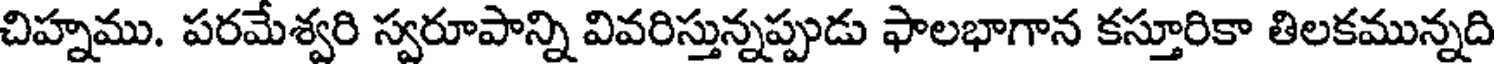
చిహ్నము. పరమేశ్వరి స్వరూపాన్ని వివరిస్తున్నప్పుడు ఫాలభాగాన కస్తూరికా తిలకమున్నది